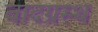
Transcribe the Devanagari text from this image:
वादग्रस्थ